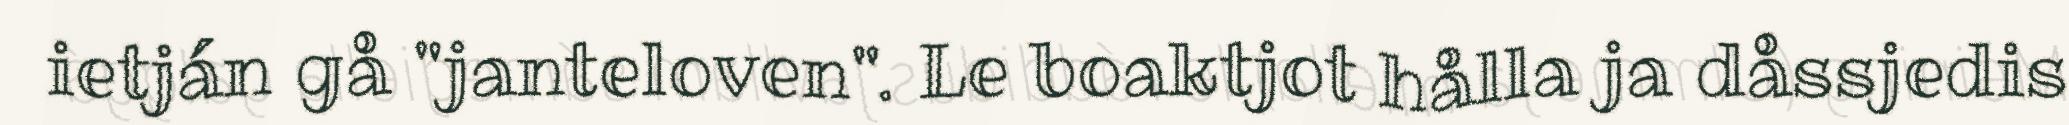
ietján gå "janteloven". Le boaktjot hålla ja dåssjedis